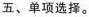
五、单项选择.。